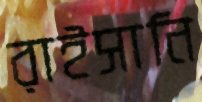
রাইসানি